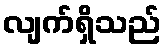
လျက်ရှိသည်